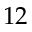
1 2